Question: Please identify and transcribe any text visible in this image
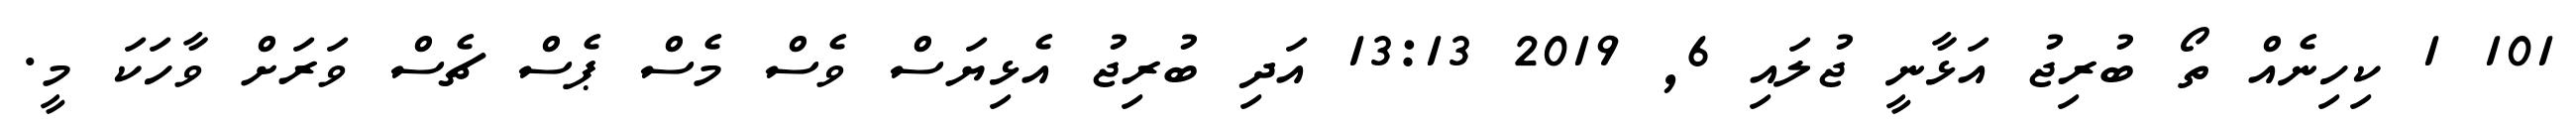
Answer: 101 1 ކިހިނެއް ތޯ ބުރިޖު އަޅާނީ ޖުލައި 6, 2019 13:13 އަދި ބުރިޖު އެޅިޔަސް ވެސް މެސް ޕެސް ޗެސް ވަރަށް ވާހަކަ މީ.